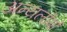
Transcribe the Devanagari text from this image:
अन्यलोगों